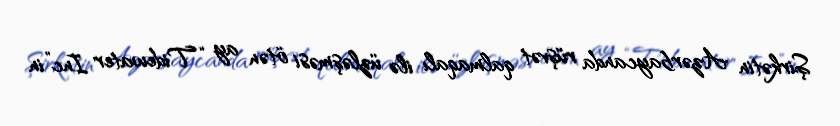
Şirkətin Azərbaycanda rüşvət qalmaqalı ilə üzləşməsi ötən ay “Tidewater Inc”in